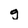
Character: g